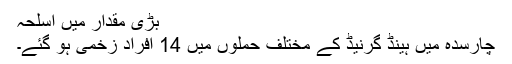
بڑی مقدار میں اسلحہ
چارسدہ میں ہینڈ گرنیڈ کے مختلف حملوں میں 14 افراد زخمی ہو گئے۔